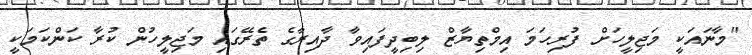
"މާނައަކީ މަޖިލީހަށް ފުރިހަމަ އިމްތިޔާޒް ލިބިދީފައިވާ ދާއިރާގެ ތެރޭގައި މަޖިލީހުން ކުރާ ކަންކަމަކީ